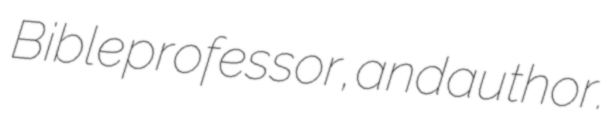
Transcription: Bible professor, and author.